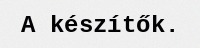
A készítők.